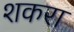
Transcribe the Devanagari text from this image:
शकरा